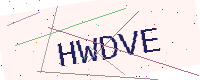
Text: HWDVE